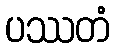
ပဿတံ